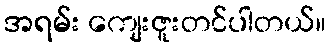
အရမ်း ကျေးဇူးတင်ပါတယ်။